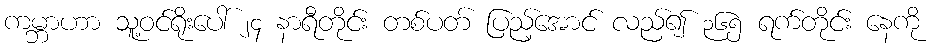
ကမ္ဘာဟာ သူ့ဝင်ရိုးပေါ် ၂၄ နာရီတိုင်း တစ်ပတ် ပြည့်အောင် လည်၍ ၃၆၅ ရက်တိုင်း နေကို